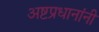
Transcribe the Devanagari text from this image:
अष्टप्रधानांनी